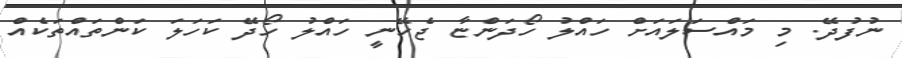
ނުފުދޭ. މި މައްސަލައަށް ހައްލު ހޯދަންޏާ ޖެހޭނީ ހައްލު ހޯދޭ ކަހަލަ ކަންތައްތަކެއް